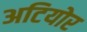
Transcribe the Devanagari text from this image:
अटियोर